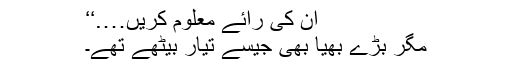
ان کی رائے معلوم کریں….‘‘
مگر بڑے بھیا بھی جیسے تیار بیٹھے تھے۔